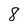
Character: 8